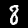
Digit: 8